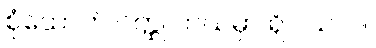
စုံထောက် ဝတ္ထု ဘယ်မှာ ရှိပါသလဲ။